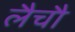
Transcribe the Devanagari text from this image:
लैचौ